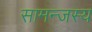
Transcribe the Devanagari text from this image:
सामन्‍जस्‍य